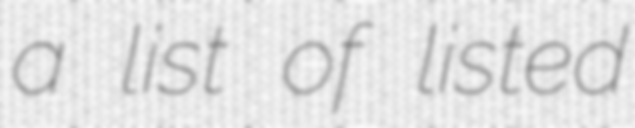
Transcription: a list of listed